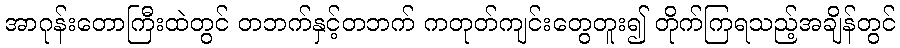
အာဂုန်းတောကြီးထဲတွင် တဘက်နှင့်တဘက် ကတုတ်ကျင်းတွေတူး၍ တိုက်ကြရသည့်အချိန်တွင်